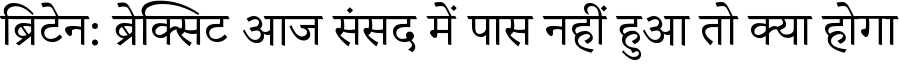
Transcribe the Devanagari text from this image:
ब्रिटेन: ब्रेक्सिट आज संसद में पास नहीं हुआ तो क्या होगा